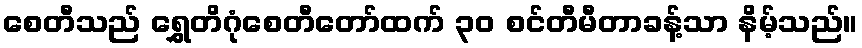
စေတီသည် ရွှေတိဂုံစေတီတော်ထက် ၃၀ စင်တီမီတာခန့်သာ နိမ့်သည်။